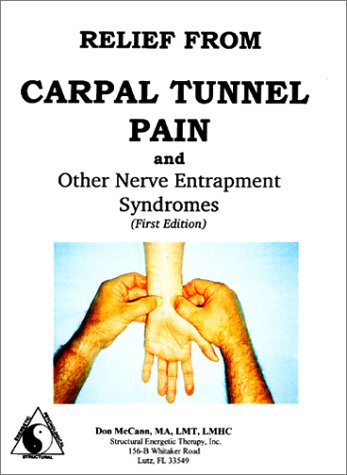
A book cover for Relief from Carpal Tunnel Pain and Other Nerve Entrapment Syndromes; Don McCann; Health, Fitness & Dieting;